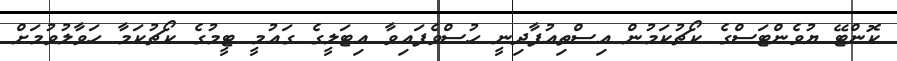
ކޮންޓޭ ޔުވެންޓަސްގެ ކޯޗުކަމުން އިސްތިއުފާދިނީ ހުސްވެފައިވާ އިޓަލީގެ ގައުމީ ޓީމުގެ ކޯޗުކަމާ ހަވާލުުވުމަށް